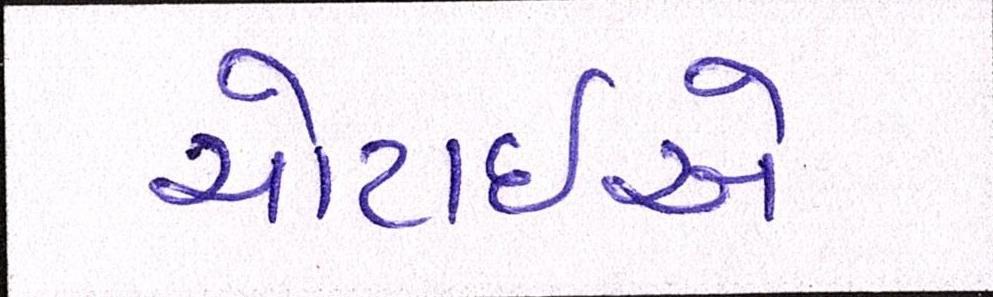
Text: ચોટાઇએ